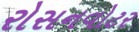
રોસનવોટર